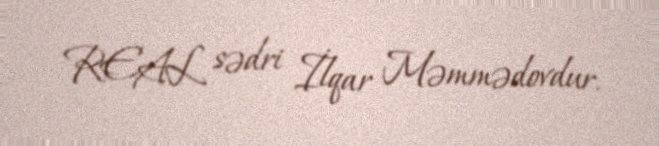
REAL sədri İlqar Məmmədovdur.